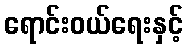
ရောင်းဝယ်ရေးနှင့်